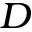
_ D